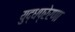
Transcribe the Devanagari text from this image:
युद्धप्रेरणा